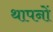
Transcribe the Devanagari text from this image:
थापनों